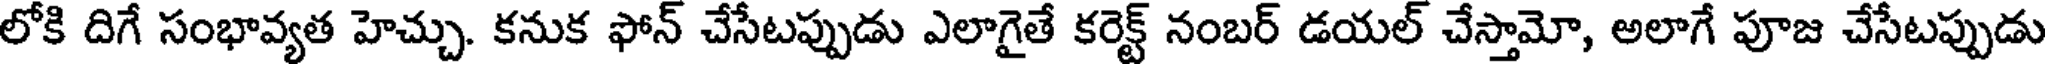
లోకి దిగే సంభావ్యత హెచ్చు. కనుక ఫోన్ చేసేటప్పుడు ఎలాగైతే కరెక్ట్ నంబర్ డయల్ చేస్తామో, అలాగే పూజ చేసేటప్పుడు